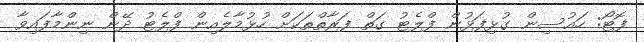
ފޮޓޯ: ހައުސިން ގުޅިފަޅުން ފްލެޓު ގަތް ފަރާތްތަކަށް ހުޅުމާލެއިން ފްލެޓު ދޭން ނިންމާފައިވާ